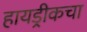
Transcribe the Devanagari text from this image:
हायड्रीकचा